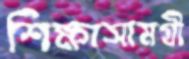
শিক্ষাসামগ্রী